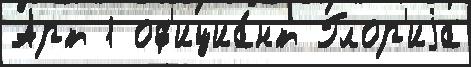
Арт 1 оф'ициа́нт Глор'иjа